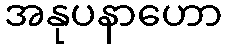
အနုပနာဟော